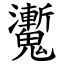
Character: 魙